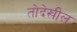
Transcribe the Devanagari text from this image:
तोदेखील